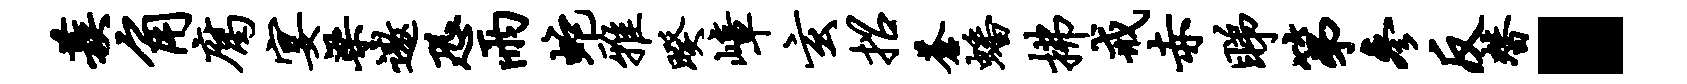
蔟角腐宴梁遨恐雨蛇雅暌嶂玄招苍蟠拂戒赤睇第参反替·